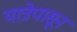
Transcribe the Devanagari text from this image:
यात्रेपासून